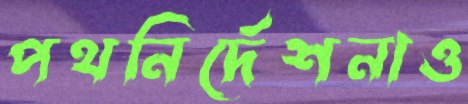
পথনির্দেশনাও